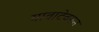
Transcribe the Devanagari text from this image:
यावाटेवरून